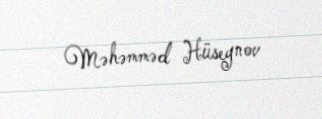
Məhəmməd Hüseynov